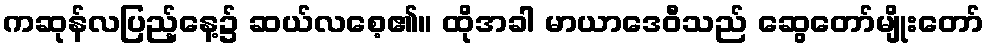
ကဆုန်လပြည့်နေ့၌ ဆယ်လစေ့၏။ ထိုအခါ မာယာဒေဝီသည် ဆွေတော်မျိုးတော်